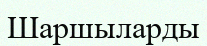
Шаршыларды